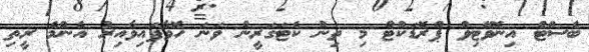
ބެސްޓް އިނޮވޭޓިވް ޕްރޮޑަކްޓް މި ތިން ކެޓަގަރީން ވަނަ ހޮވާފައިވާއިރު އެންމެ ރީތި